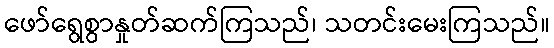
ဖော်ရွေစွာနှုတ်ဆက်ကြသည်၊ သတင်းမေးကြသည်။